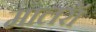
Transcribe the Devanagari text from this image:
मालरॉ